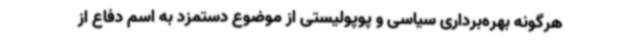
هرگونه بهره‌برداری سیاسی و پوپولیستی از موضوع دستمزد به اسم دفاع از